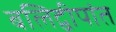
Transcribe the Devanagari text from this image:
बलिद्वीपांत